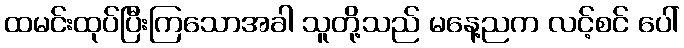
ထမင်းထုပ်ပြီးကြသောအခါ သူတို့သည် မနေ့ညက လင့်စင် ပေါ်